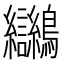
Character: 𪈮